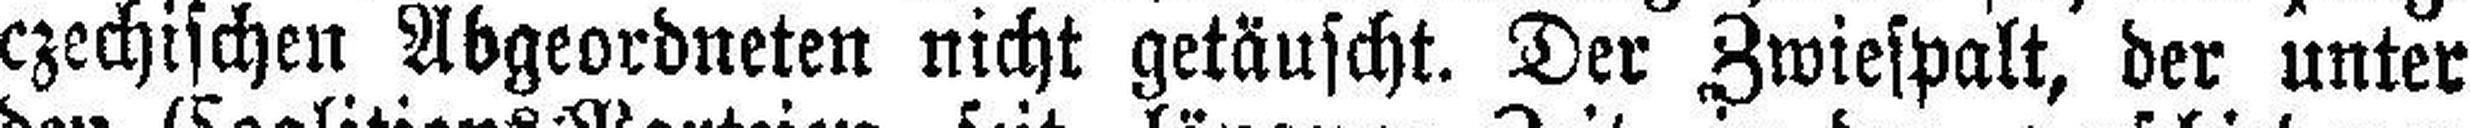
czechischen Abgeordneten nicht getäuscht. Der Zwiespalt, der unter